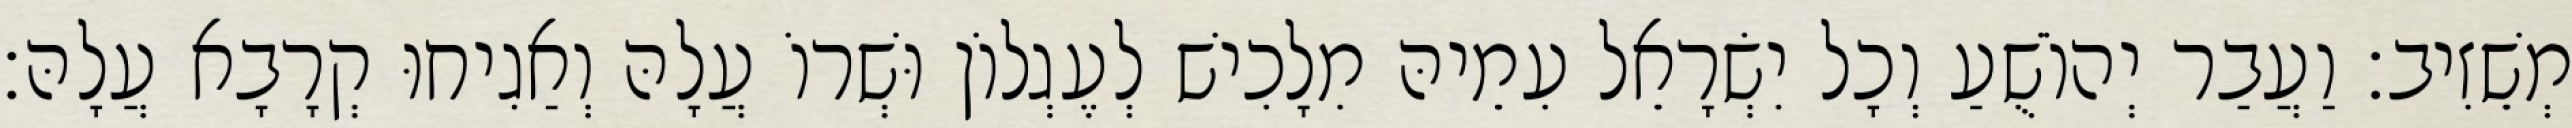
מְשֵׁזִיב׃ וַעֲבַר יְהוֹשֻׁעַ וְכָל יִשְׂרָאֵל עִמֵיהּ מִלָכִישׁ לְעֶגְלוֹן וּשְׁרוֹ עֲלָהּ וְאַגִיחוּ קְרָבָא עֲלָהּ׃